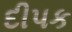
દીપક